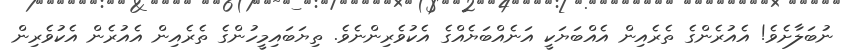
ނުބަލާށެވެ! އެއުރެންގެ ތެރެއިން އެއްބަޔަކީ އަނެއްބަޔެއްގެ އެކުވެރިންނެވެ. ތިޔަބައިމީހުންގެ ތެރެއިން އެއުރެން އެކުވެރިން